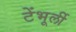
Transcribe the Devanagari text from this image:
टेंभूर्ली